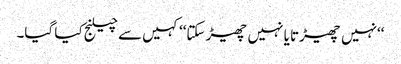
‘‘نہیں چھیڑتا یا نہیں چھیڑ سکتا‘‘ کہیں سے چیلنج کیا گیا۔